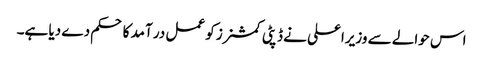
اس حوالے سے وزیراعلی نے ڈپٹی کمشنرز کو عمل در آمد کا حکم دے دیا ہے۔